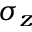
\sigma _ { z }